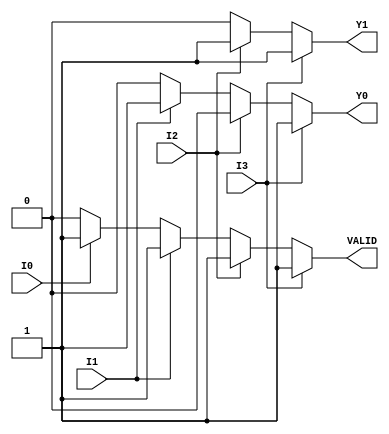
module encoder_4_to_2 (
    input wire I0,         // Input 0
    input wire I1,         // Input 1
    input wire I2,         // Input 2
    input wire I3,         // Input 3
    output reg Y1,         // Output 1
    output reg Y0,         // Output 0
    output reg VALID       // Valid signal
);

always @(*) begin
    // Initialize outputs
    Y1 = 1'b0;
    Y0 = 1'b0;
    VALID = 1'b0;

    // Check inputs in priority order
    if (I3) begin
        Y1 = 1'b1; // Encoding for I3
        Y0 = 1'b1; 
        VALID = 1'b1;
    end else if (I2) begin
        Y1 = 1'b1; // Encoding for I2
        Y0 = 1'b0; 
        VALID = 1'b1;
    end else if (I1) begin
        Y1 = 1'b0; // Encoding for I1
        Y0 = 1'b1; 
        VALID = 1'b1;
    end else if (I0) begin
        Y1 = 1'b0; // Encoding for I0
        Y0 = 1'b0; 
        VALID = 1'b1;
    end
end

endmodule